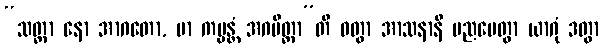
“သတ္ထာ နော အာဂတော, မာ ကမ္မန္တံ အဂမိတ္ထာ”တိ ဝတွာ အာသနာနိ ပညပေတွာ ယာဂုံ ဒတွာ